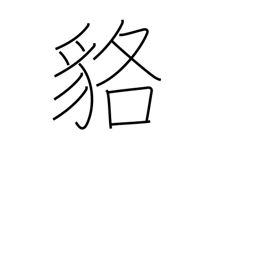
Meaning: badger